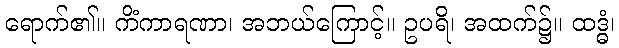
ရောက်၏။ ကိံကာရဏာ၊ အဘယ်ကြောင့်။ ဥပရိ၊ အထက်၌။ ထဒ္ဓံ၊